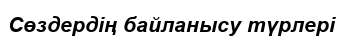
Сөздердің байланысу түрлері